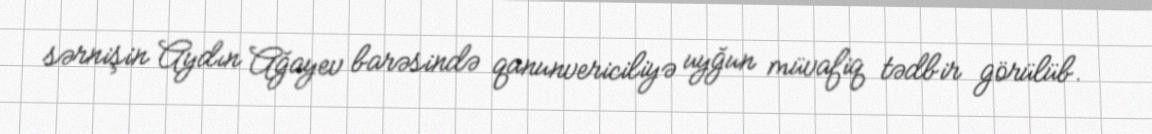
sərnişin Aydın Ağayev barəsində qanunvericiliyə uyğun müvafiq tədbir görülüb.